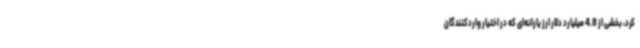
کرد، بخشی از 4.8 میلیارد دلار ارز یارانه‌ای که در اختیار واردکنندگان